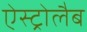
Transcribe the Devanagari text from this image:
ऐस्ट्रोलैब